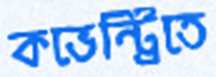
কভেন্ট্রিতে